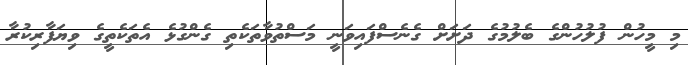
މި މީހުން ފުލުހުންގެ ބެލުމުގެ ދަށަށް ގެނެސްފައިވަނީ މަސްތުވާތަކެތި ގެންގުޅެ އެތަކެތީގެ ވިޔަފާރިކުރާ